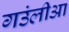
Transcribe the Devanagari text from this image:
गउंलीआ